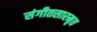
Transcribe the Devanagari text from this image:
संगीतसारमृत